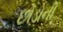
છોડોની